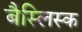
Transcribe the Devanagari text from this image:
बैस्लिस्क